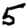
Digit: 5